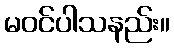
မဝင်ပါသနည်း။